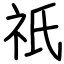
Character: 祇